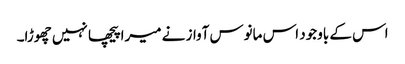
اس کے باوجود اس مانوس آواز نے میرا پیچھا نہیں چھوڑا۔